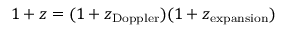
1 + z = ( 1 + z _ { \mathrm { D o p p l e r } } ) ( 1 + z _ { \mathrm { e x p a n s i o n } } )